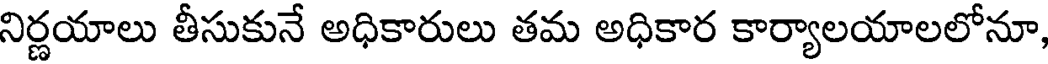
నిర్ణయాలు తీసుకునే అధికారులు తమ అధికార కార్యాలయాలలోనూ